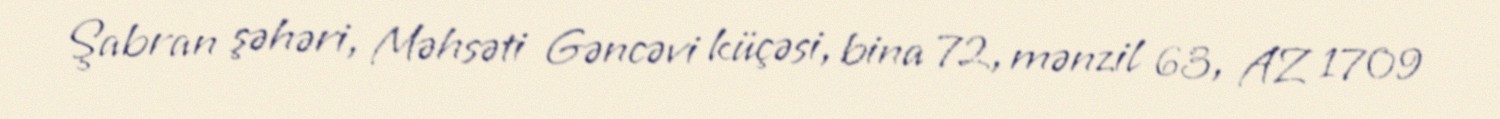
Şabran şəhəri, Məhsəti Gəncəvi küçəsi, bina 72, mənzil 63, AZ 1709